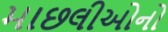
માછલીઓનો